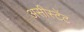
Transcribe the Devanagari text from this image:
असीस्टेंट